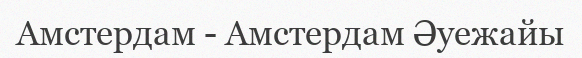
Амстердам - Амстердам Әуежайы